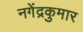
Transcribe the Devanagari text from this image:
नगेंद्रकुमार